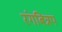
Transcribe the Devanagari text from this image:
रंगबिन्नप